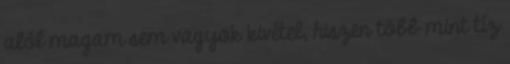
alól magam sem vagyok kivétel, hiszen több mint tíz